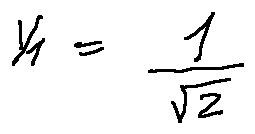
y _ { 1 } = \frac { 1 } { \sqrt { 2 } }